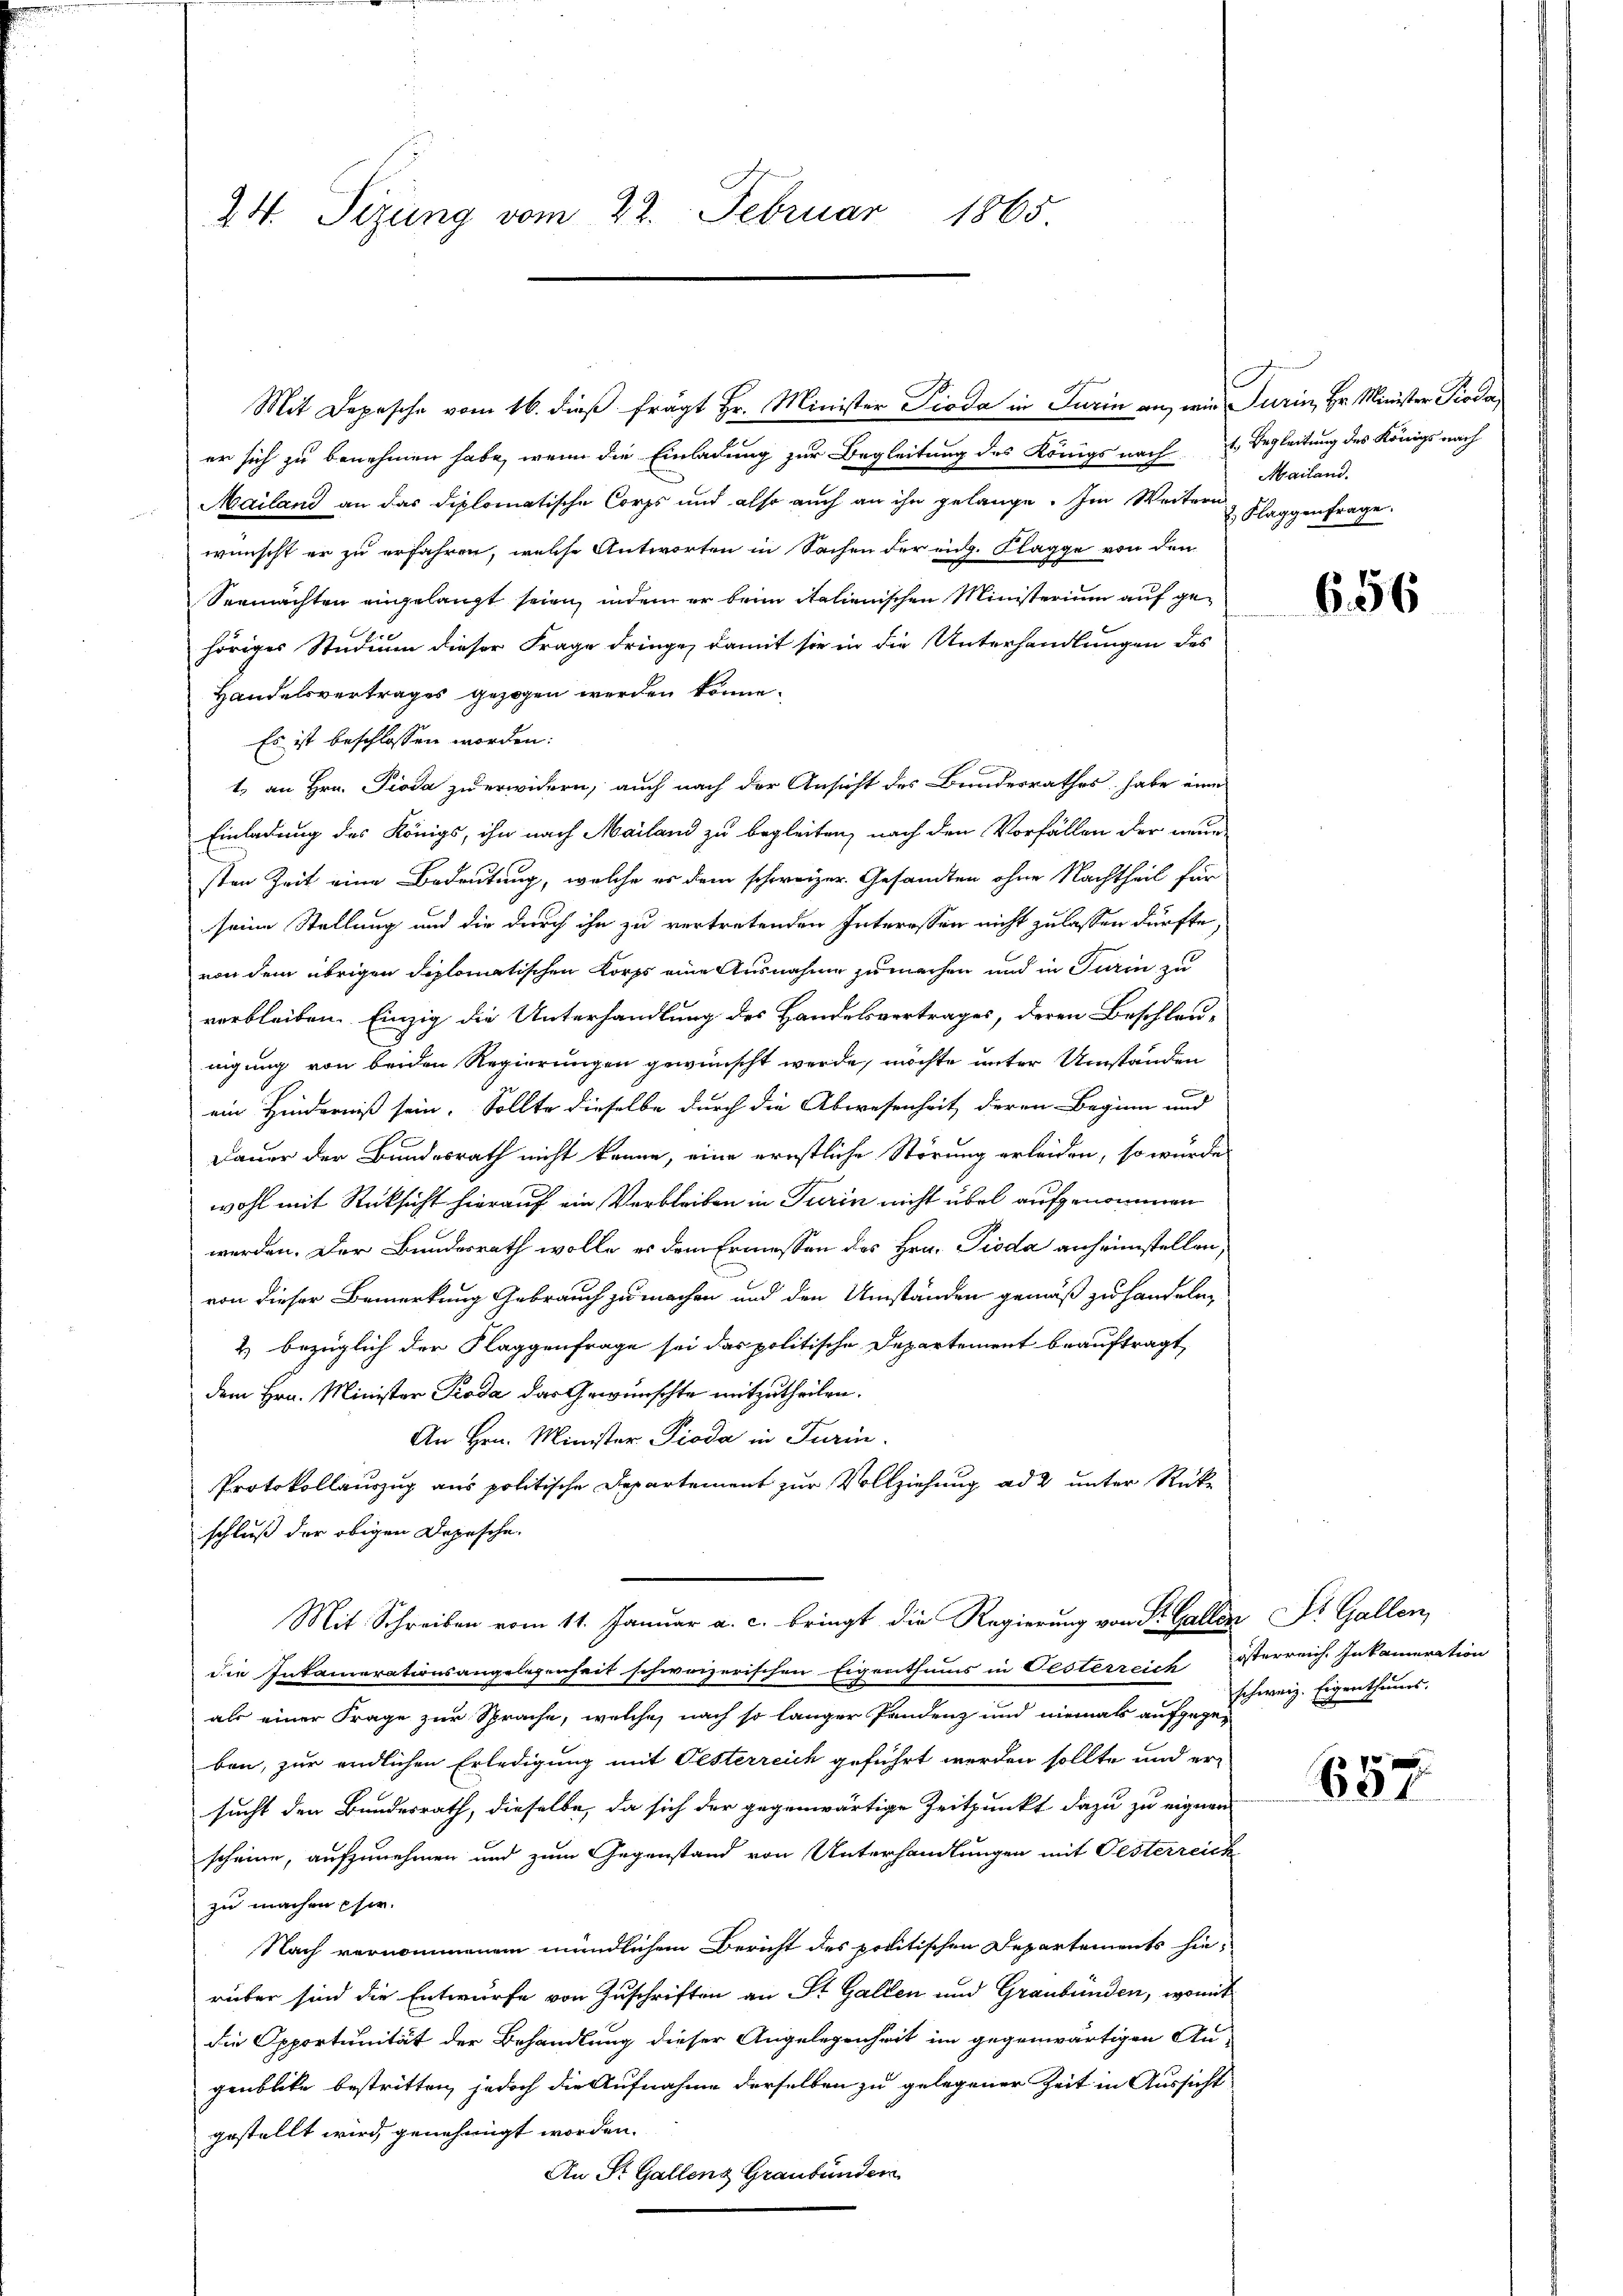
24. Sizung vom 22. Februar 1865.

Mit Depesche vom 16. dieß frägt Hr. Minister Pioda in Turin an, wie Turin, Hr. Minister Pioda,

er sich zu benehmen habe, wenn die Einladung zur Begleitung des Königs nach Begleitung des Königs nach
Mailand an das diplomatische Corps und also auch an ihn gelange. Im Weitere Flaggenfrage
wünscht er zu erfahren, welche Antworten in Sachen der eidg. Klagge von den
Seemachten angelangt seien, indem er beim italienischen Ministerium auf gehöriges Studium dieser Frage dringe, damit sie in die Unterhandlungen des
Handelsvertrages gezogen werden könne.
Es ist beschlossen worden:

1. an Hrn. Pioda zu erwidern, auch nach der Ansicht des Bundesrathes habe eine
Einladung des Königs, ihn nach Mailand zu begleiten, nach den Vorfällen der neuesten Zeit eine Bedeutung, welche er dem schweizer. Gesandten ohne Nachtheil für
seine Stellung und die durch ihn zu vertretenden Interessen nicht zu lassen dürfte,
von dem übrigen diplomatischen Korps eine Ausnahme zu machen und in Turin zu
verbleiben. Einzig die Unterhandlung des Handelsvertrages, deren Beschlau-
nigung von beiden Regierungen gewünscht werde, möchte unter Umständen
ein Hinderniß sein. Sollte dieselbe durch die Abwesenheit deren Beginn und
Dauer der Bundesrath nicht könne, eine ernstliche Störung erleiden, so wurde
wohl mit Rücksicht hierauf ein Verbleiben in Turin nicht übel aufgenommen
werden. Der Bundesrath wolle es dem Ermessen des Hrn. Pioda anheimstellen,
von dieser Bemerkung Gebrauch zu machen und den Umständen gemäß zu handeln,
2) bezüglich der Klaggenfrage sei das politische Departement beauftragt,
dem Hrn. Minister Proda das Gewünschte mitzutheilen.
An Hrn. Minister Pioda in Turin.
Protokollauszug aus politische Departement zur Vollziehung ad 2 unter Rückschluß der obigen Depesche
Mit Schreiben vom 11. Januar a. c. bringt die Regierung von St. Gallen Dr. Gallen,
die Inkamerationsangelegenheit schweizerischen Eigenthums in Oesterreich österreich. Inkameration
als einer Frage zur Sprache, welche nach so langer Pandenz und niemals aufgegeben, zur endlichen Erledigung mit Oesterreich geführt werden sollte und er-
sucht den Bundesrath, dieselbe, da sich der gegenwärtige Zeitpunkt dazu zu eignen
scheine, aufzunehmen und zum Gegenstand von Unterhandlungen mit Oesterreich
zu machen sie.
Nach vernommenem mündlichem Bericht des politischen Departements hie-
rüber sind die Entwurfe von Zuschriften an St. Gallen und Graubünden, womit
die Opportunität der Behandlung dieser Angelegenheit im gegenwärtigen An-
genblicke bestritten, jedoch die Aufnahme derselben zu gelegener Zeit in Aussicht
gestellt wird genehmigt worden.
An St. Gallenz Graubünden

Mailand.

656

schweiz. Eigenthums.

657